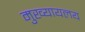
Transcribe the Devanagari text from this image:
मुख्यायलय